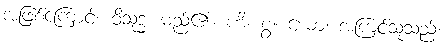
အဖြစ်ကြောင့်။ ဝိသုဒ္ဓံ၊ မည်၏။ ဟိ၊ စွ။ ယော၊ အကြင်သူသည်။